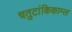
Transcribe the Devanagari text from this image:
चतुटांकिकाम्ल